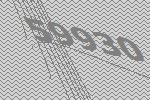
59930